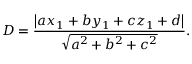
D = { \frac { \left| a x _ { 1 } + b y _ { 1 } + c z _ { 1 } + d \right| } { \sqrt { a ^ { 2 } + b ^ { 2 } + c ^ { 2 } } } } .